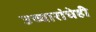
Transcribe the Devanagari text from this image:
उच्चारांचेही